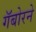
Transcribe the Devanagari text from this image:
गॅबोरने